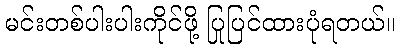
မင်းတစ်ပါးပါးကိုင်ဖို့ ပြုပြင်ထားပုံရတယ်။